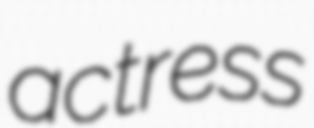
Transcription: actress